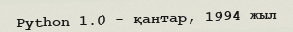
Python 1.0 - қантар, 1994 жыл